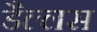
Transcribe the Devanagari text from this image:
डैल्लस